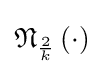
{\mathfrak {N}}_{\frac {2}{k}}\left(\cdot \right)